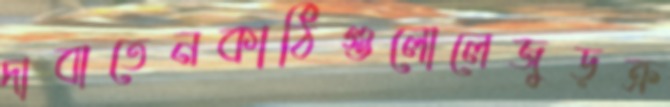
দাবাতেনকাঠিগুলোলেজুড়ক্র